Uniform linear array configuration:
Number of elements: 8
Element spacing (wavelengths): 1
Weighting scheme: exponential
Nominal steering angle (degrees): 45
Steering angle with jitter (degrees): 46.117
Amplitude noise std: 0.05
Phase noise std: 0.05

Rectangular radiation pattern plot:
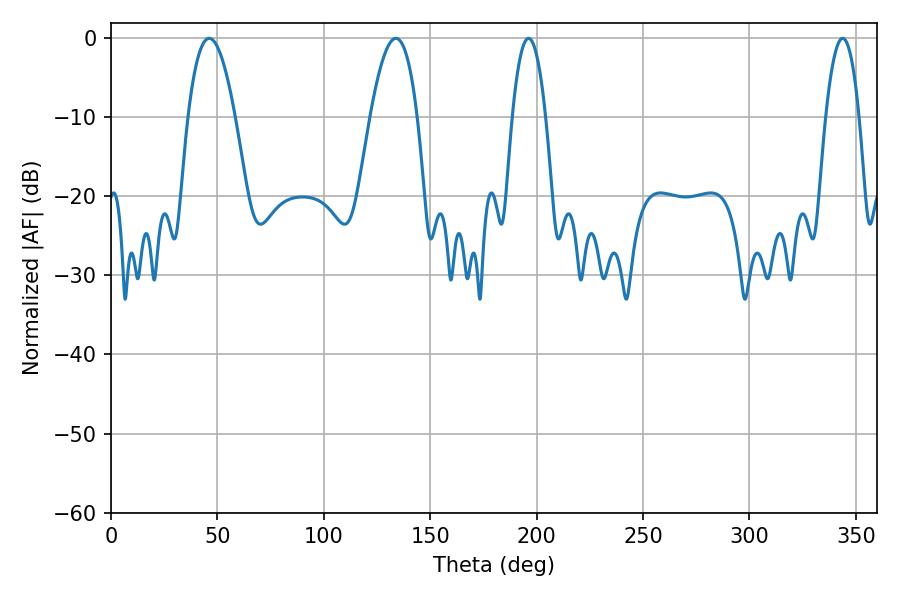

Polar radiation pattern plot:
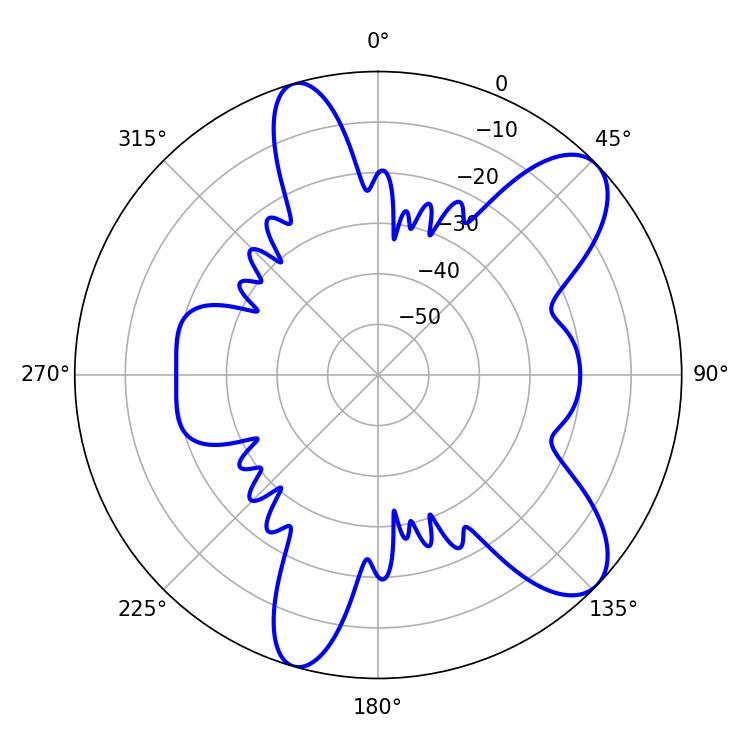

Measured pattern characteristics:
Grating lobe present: TRUE
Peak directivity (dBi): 9.235
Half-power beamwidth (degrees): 8.64
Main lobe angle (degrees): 196.2